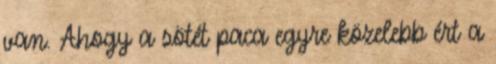
van. Ahogy a sötét paca egyre közelebb ért a